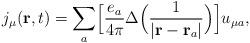
LaTeX: \begin{align*}j_{\mu}({\bf r},t)=\sum_{a}\Bigl[\frac{e_a}{4\pi}\Delta\Bigl(\frac{1}{\vert {\bf r}-{\bf r}_a\vert}\Bigr)\Bigr]u_{\mu a},\end{align*}